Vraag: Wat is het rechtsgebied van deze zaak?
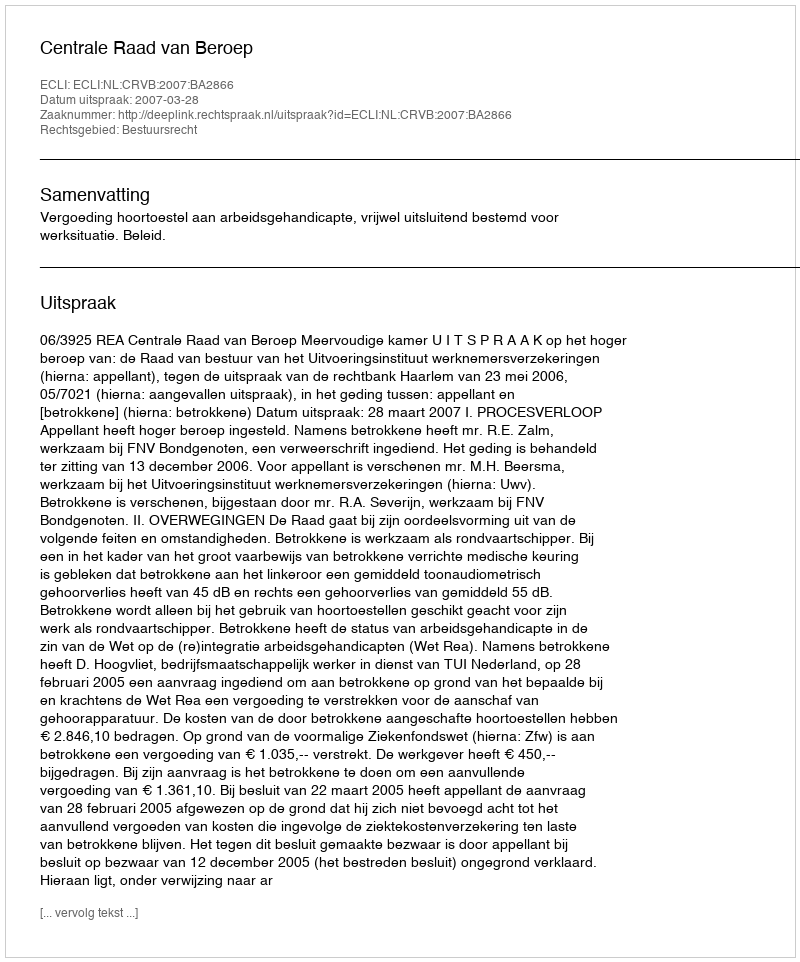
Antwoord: Bestuursrecht